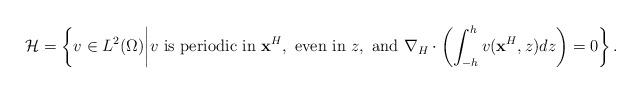
LaTeX: \begin{align*}\mathcal H=\left\{ v\in L^2(\Omega)\bigg|v\mbox{ is periodic in }\textbf{x}^H, \mbox{ even in }z, \mbox{ and } \nabla_H\cdot \left(\int_{-h}^hv(\textbf{x}^H,z)dz\right)=0\right\}.\end{align*}